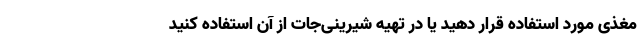
مغذی مورد استفاده قرار دهید یا در تهیه شیرینی‌جات از آن استفاده کنید